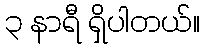
၃ နာရီ ရှိပါတယ်။